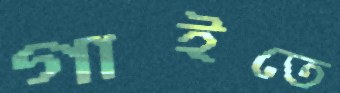
গাইতে